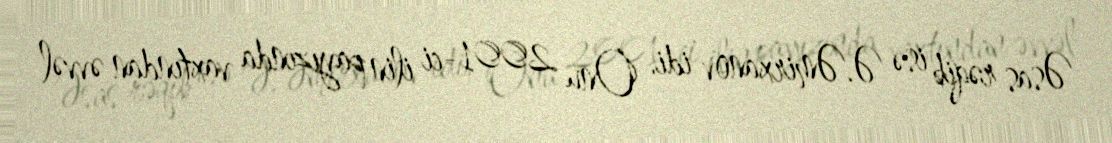
Əsas rəqib isə Ə.Əmirxanov idi. Onu 2001-ci ilin payızında vaxtından əvvəl